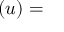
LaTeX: \mathbf { ( } u ) =